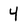
Character: 4